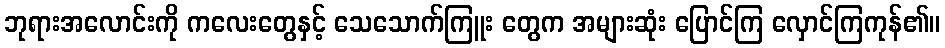
ဘုရားအလောင်းကို ကလေးတွေနှင့် သေသောက်ကြူး တွေက အများဆုံး ပြောင်ကြ လှောင်ကြကုန်၏။